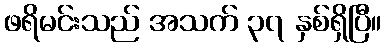
ဖရိမင်းသည် အသက် ၃၇ နှစ်ရှိပြီ။